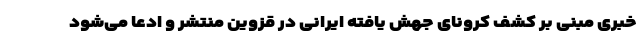
خبری مبنی بر کشف کرونای جهش یافته ایرانی در قزوین منتشر و ادعا می‌شود